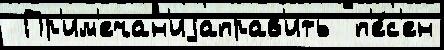
 Пр'им'ечан'иjаправ'ить  п'е́с'ен